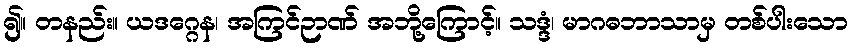
၍။ တနည်း။ ယဒဂ္ဂေန၊ အကြင်ဉာဏ် အဘို့ကြောင့်။ သဒ္ဒံ၊ မာဂဓဘာသာမှ တစ်ပါးသော